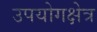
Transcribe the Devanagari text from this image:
उपयोगक्षेत्र